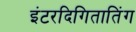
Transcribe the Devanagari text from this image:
इंटरदिगितातिंग